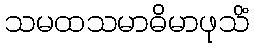
သမထသမာဓိမာဖုသိံ